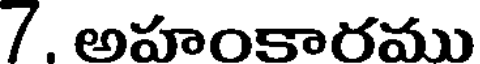
7. అహంకారము